Indian Civil Veterinary Department memoirs
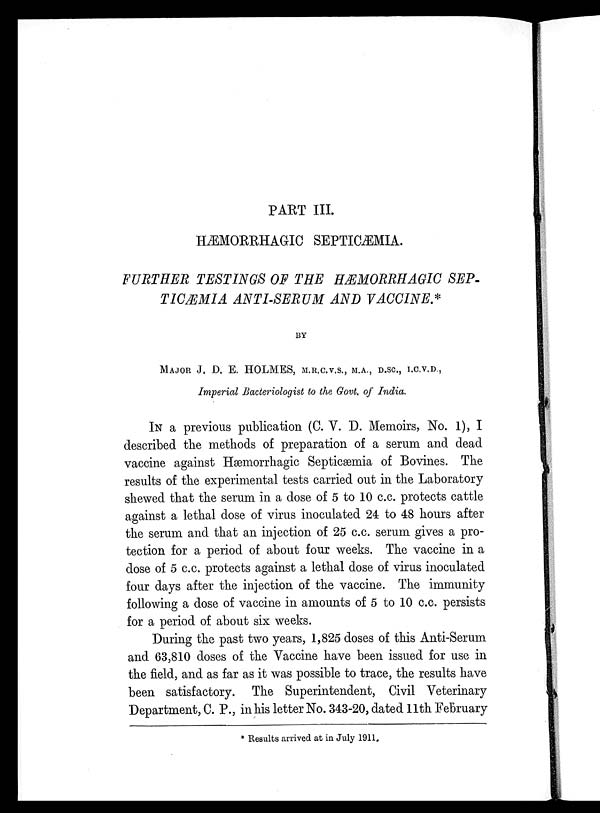
PART
III.
HÆMORRHAGIC SEPTICÆMIA.
FURTHER TESTINGS OF THE HÆMORRHAGIC SEP-
TICÆMIA ANTI-SERUM AND VACCINE.*
BY
MAJOR J, D. E. HOLMES, M.R.C.V.S., M.A., D.Sc., I.C.V.D.,
Imperial Bacteriologist to the Govt. of India.
In a previous publication (C. V. D. Memoirs, No. 1), I
described the methods of preparation of a serum and dead
vaccine against Hæmorrhagie Septicæmia of Bovines. The
results of the experimental tests carried out in the Laboratory
shewed that the serum in a dose of 5 to 10 c.c. protects cattle
against a lethal dose of virus inoculated 24 to 48 hours after
the serum and that an injection of 25 c.c. serum gives a pro-
tection for a period of about four weeks. The vaccine in a
dose of 5 c.c. protects against a lethal dose of virus inoculated
four days after the injection of the vaccine. The immunity
following a dose of vaccine in amounts of 5 to 10 c.c. persists
for a period of about six weeks.
During the past two years, 1,825 doses of this Anti-Serum
and 63,810 doses of the Vaccine have been issued for use in
the field, and as far as it was possible to trace, the results have
been satisfactory. The Superintendent, Civil Veterinary
Department, C. P., in his letter No. 343-20, dated 11th February
* Results arrived at in July 1911.